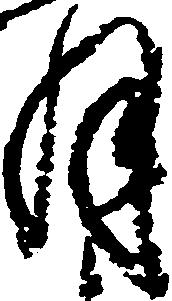
月